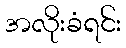
အလိုးခံရင်း